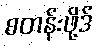
စတန်းဖို့ဒ်